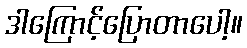
ဒါကြောင့်ပြောတာပေါ့။